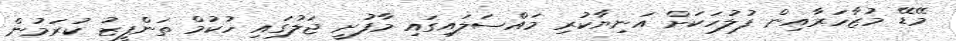
މޭޑޭ މުޒާހަރާއިން ފުލުހަކަށް އަނިޔާކުރި މައްސަލައިގައި މާފުށީ ޖަލުގައި ހުކުމް ތަންފީޒު ކުރަމުން